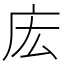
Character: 𫷧